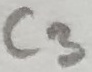
Text: C3